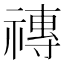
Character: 𥛥